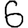
Digit: 6